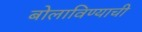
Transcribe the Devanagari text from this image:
बोलाविण्याची